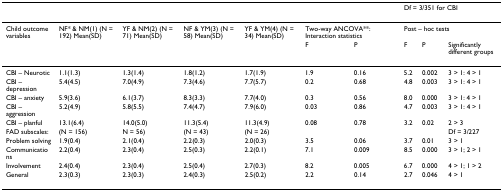
<table><thead><tr><td></td><td></td><td></td><td></td><td></td><td></td><td></td><td colspan="3"><b>Df = 3/351 for CBI</b></td></tr></thead><tbody><tr><td>Child outcome variables</td><td>NF* &amp; NM(1) (N = 192) Mean(SD)</td><td>YF &amp; NM(2) (N = 71) Mean(SD)</td><td>NF &amp; YM(3) (N = 58) Mean(SD)</td><td>YF &amp; YM(4) (N = 34) Mean(SD)</td><td colspan="2">Two-way ANCOVA**: Interaction statistics</td><td colspan="3">Post – hoc tests</td></tr><tr><td></td><td></td><td></td><td></td><td></td><td>F</td><td>P</td><td>F</td><td>P</td><td>Significantly different groups</td></tr><tr><td>CBI – Neurotic</td><td>1.1(1.3)</td><td>1.3(1.4)</td><td>1.8(1.2)</td><td>1.7(1.9)</td><td>1.9</td><td>0.16</td><td>5.2</td><td>0.002</td><td>3 &gt; 1: 4 &gt; 1</td></tr><tr><td>CBI – depression</td><td>5.4(4.5)</td><td>7.0(4.9)</td><td>7.3(4.6)</td><td>7.7(5.7)</td><td>0.2</td><td>0.68</td><td>4.8</td><td>0.003</td><td>3 &gt; 1: 4 &gt; 1</td></tr><tr><td>CBI – anxiety</td><td>5.9(3.6)</td><td>6.1(3.7)</td><td>8.3(3.3)</td><td>7.7(4.0)</td><td>0.3</td><td>0.56</td><td>8.0</td><td>0.000</td><td>3 &gt; 1: 4 &gt; 1</td></tr><tr><td>CBI – aggression</td><td>5.2(4.9)</td><td>5.8(5.5)</td><td>7.4(4.7)</td><td>7.9(6.0)</td><td>0.03</td><td>0.86</td><td>4.7</td><td>0.003</td><td>3 &gt; 1: 4 &gt; 1</td></tr><tr><td>CBI – planful</td><td>13.1(6.4)</td><td>14.0(5.0)</td><td>11.3(5.4)</td><td>11.3(4.9)</td><td>0.08</td><td>0.78</td><td>3.2</td><td>0.02</td><td>2 &gt; 3</td></tr><tr><td>FAD subscales:</td><td>(N = 156)</td><td>N = 56)</td><td>(N = 43)</td><td>(N = 26)</td><td></td><td></td><td></td><td></td><td>Df = 3/227</td></tr><tr><td>Problem solving</td><td>1.9(0.4)</td><td>2.1(0.4)</td><td>2.2(0.3)</td><td>2.0(0.3)</td><td>3.5</td><td>0.06</td><td>3.7</td><td>0.01</td><td>3 &gt; 1</td></tr><tr><td>Communications</td><td>2.2(0.4)</td><td>2.3(0.4)</td><td>2.5(0.3)</td><td>2.2(0.1)</td><td>7.1</td><td>0.009</td><td>8.5</td><td>0.000</td><td>3 &gt; 1; 2 &gt; 1</td></tr><tr><td>Involvement</td><td>2.4(0.4)</td><td>2.3(0.4)</td><td>2.5(0.4)</td><td>2.7(0.3)</td><td>8.2</td><td>0.005</td><td>6.7</td><td>0.000</td><td>4 &gt; 1; 1 &gt; 2</td></tr><tr><td>General</td><td>2.3(0.3)</td><td>2.3(0.3)</td><td>2.4(0.3)</td><td>2.5(0.2)</td><td>2.2</td><td>0.14</td><td>2.7</td><td>0.046</td><td>4 &gt; 1</td></tr></tbody></table>